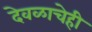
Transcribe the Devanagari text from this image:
देवळाचेही